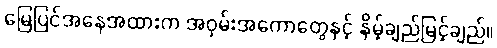
မြေပြင်အနေအထားက အဝှမ်းအကောတွေနှင့် နိမ့်ချည်မြင့်ချည်။